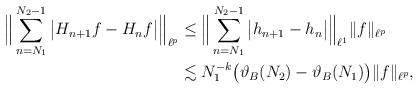
LaTeX: \begin{align*}\Big\| \sum_{n = N_1}^{N_2-1} \big| H_{n+1} f - H_n f \big| \Big\|_{\ell^p}&\leq\Big\| \sum_{n = N_1}^{N_2-1} \big| h_{n+1} - h_n \big| \Big\|_{\ell^1} \|f\|_{\ell^p} \\&\lesssim N_1^{-k} \big(\vartheta_B(N_2) - \vartheta_B(N_1)\big) \|f\|_{\ell^p},\end{align*}